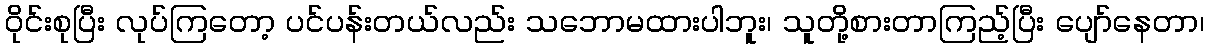
ဝိုင်းစုပြီး လုပ်ကြတော့ ပင်ပန်းတယ်လည်း သဘောမထားပါဘူး၊ သူတို့စားတာကြည့်ပြီး ပျော်နေတာ၊